Plague in India, 1896, 1897 - Volume 2
Year: 1896
Disease focus: Plague
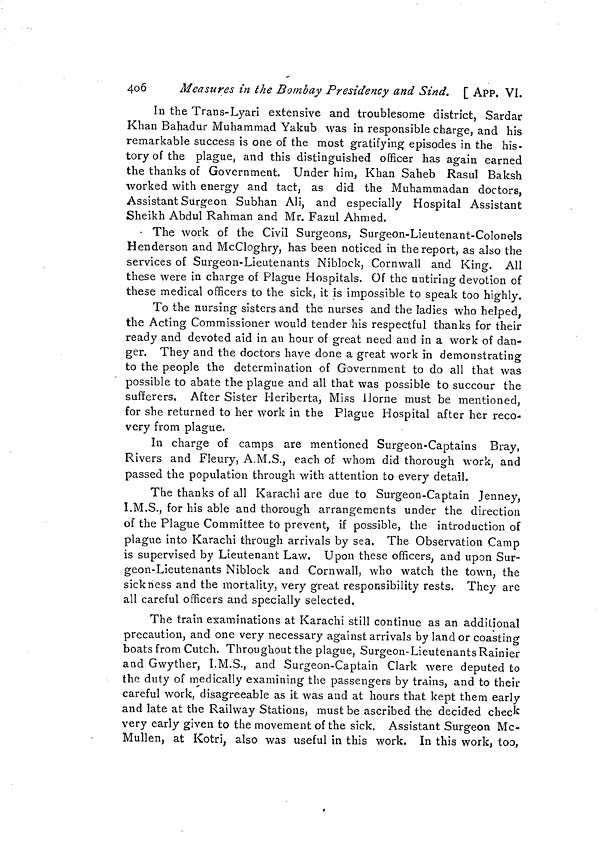
4o6
Measures in the Bombay Presidency and Sind. [ APP. VI.
In the Trans-Lyari extensive and troublesome district, Sardar
Khan Bahadur Muhammad Yakub was in responsible charge, and his
remarkable success is one of the most gratifying episodes in the his-
tory of the plague, and this distinguished officer has again earned
the thanks of Government. Under him, Khan Saheb Rasul Baksh
worked with energy and tact, as did the Muhammadan doctors,
Assistant Surgeon Subhan Ali, and especially Hospital Assistant
Sheikh Abdul Rahman and Mr. Fazul Ahmed.
- The work of the Civil Surgeons, Surgeon-Lieutenant-Colonels
Henderson and McCloghry, has been noticed in the report, as also the
services of Surgeon-Lieutenants Niblock, Cornwall and King. All
these were in charge of Plague Hospitals. Of the untiring devotion of
these medical officers to the sick, it is impossible to speak too highly.
To the nursing sisters and the nurses and the ladies who helped,
the Acting Commissioner would tender his respectful thanks for their
ready and devoted aid in an hour of great need and in a work of dan-
ger. They and the doctors have done a great work in demonstrating
to the people the determination of Government to do all that was
possible to abate the plague and all that was possible to succour the
sufferers, After Sister Heriberta, Miss Home must be mentioned,
for she returned to her work in the Plague Hospital after her reco-
very from plague.
In charge of camps are mentioned Surgeon-Captains Bray,
Rivers and Fleury, A.M.S., each of whom did thorough work, and
passed the population through with attention to every detail.
The thanks of all Karachi are due to Surgeon-Captain Jenney,
I.M.S., for his able and thorough arrangements under the direction
of the Plague Committee to prevent, if possible, the introduction of
plague into Karachi through arrivals by sea. The Observation Camp
is supervised by Lieutenant Law. Upon these officers, and upon Sur-
geon-Lieutenants Niblock and Cornwall, who watch the town, the
sickness and the mortality, very great responsibility rests. They are
all careful officers and specially selected.
The train examinations at Karachi still continue as an additional
precaution, and one very necessary against arrivals by land or coasting
boats from Cutch. Throughout the plague, Surgeon-Lieutenants Rainier
and Gwyther, I.M.S., and Surgeon-Captain Clark were deputed to
the duty of medically examining the passengers by trains, and to their
careful work, disagreeable as it was and at hours that kept them early
and late at the Railway Stations, must be ascribed the decided check
very early given to the movement of the sick. Assistant Surgeon Mc-
Mullen, at Kotri, also was useful in this work. In this work, too,